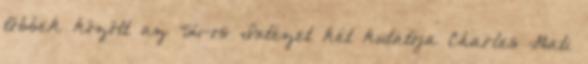
többek között az '56-os Intézet két kutatója Charles Gati